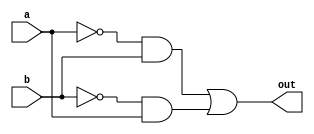
module myxor(out,a,b);
    input a,b;
    output out;
    wire and1,and2;
    wire nota,notb;
    not not_1(nota,a);
    not not_2(notb,b);
    and and_1(and1,nota,b);
    and and_2(and2,notb,a);
    or or_1(out,and1,and2);
endmodule